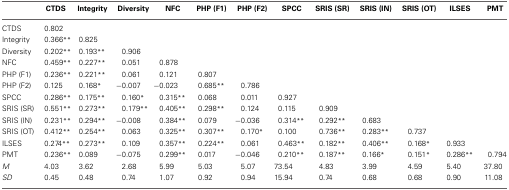
<table><thead><tr><td></td><td><b>CTDS</b></td><td><b>Integrity</b></td><td><b>Diversity</b></td><td><b>NFC</b></td><td><b>PHP (F1)</b></td><td><b>PHP (F2)</b></td><td><b>SPCC</b></td><td><b>SRIS (SR)</b></td><td><b>SRIS (IN)</b></td><td><b>SRIS (OT)</b></td><td><b>ILSES</b></td><td><b>PMT</b></td></tr></thead><tbody><tr><td>CTDS</td><td>0.802</td><td></td><td></td><td></td><td></td><td></td><td></td><td></td><td></td><td></td><td></td><td></td></tr><tr><td>Integrity</td><td>0.366<sup>**</sup></td><td>0.825</td><td></td><td></td><td></td><td></td><td></td><td></td><td></td><td></td><td></td><td></td></tr><tr><td>Diversity</td><td>0.202<sup>**</sup></td><td>0.193<sup>**</sup></td><td>0.906</td><td></td><td></td><td></td><td></td><td></td><td></td><td></td><td></td><td></td></tr><tr><td>NFC</td><td>0.459<sup>**</sup></td><td>0.227<sup>**</sup></td><td>0.051</td><td>0.878</td><td></td><td></td><td></td><td></td><td></td><td></td><td></td><td></td></tr><tr><td>PHP (F1)</td><td>0.236<sup>**</sup></td><td>0.221<sup>**</sup></td><td>0.061</td><td>0.121</td><td>0.807</td><td></td><td></td><td></td><td></td><td></td><td></td><td></td></tr><tr><td>PHP (F2)</td><td>0.125</td><td>0.168<sup>*</sup></td><td>−0.007</td><td>−0.023</td><td>0.685<sup>**</sup></td><td>0.786</td><td></td><td></td><td></td><td></td><td></td><td></td></tr><tr><td>SPCC</td><td>0.286<sup>**</sup></td><td>0.175<sup>**</sup></td><td>0.160<sup>*</sup></td><td>0.315<sup>**</sup></td><td>0.068</td><td>0.011</td><td>0.927</td><td></td><td></td><td></td><td></td><td></td></tr><tr><td>SRIS (SR)</td><td>0.551<sup>**</sup></td><td>0.273<sup>**</sup></td><td>0.179<sup>**</sup></td><td>0.405<sup>**</sup></td><td>0.298<sup>**</sup></td><td>0.124</td><td>0.115</td><td>0.909</td><td></td><td></td><td></td><td></td></tr><tr><td>SRIS (IN)</td><td>0.231<sup>**</sup></td><td>0.294<sup>**</sup></td><td>−0.008</td><td>0.384<sup>**</sup></td><td>0.079</td><td>−0.036</td><td>0.314<sup>**</sup></td><td>0.292<sup>**</sup></td><td>0.683</td><td></td><td></td><td></td></tr><tr><td>SRIS (OT)</td><td>0.412<sup>**</sup></td><td>0.254<sup>**</sup></td><td>0.063</td><td>0.325<sup>**</sup></td><td>0.307<sup>**</sup></td><td>0.170<sup>*</sup></td><td>0.100</td><td>0.736<sup>**</sup></td><td>0.283<sup>**</sup></td><td>0.737</td><td></td><td></td></tr><tr><td>ILSES</td><td>0.274<sup>**</sup></td><td>0.273<sup>**</sup></td><td>0.109</td><td>0.357<sup>**</sup></td><td>0.224<sup>**</sup></td><td>0.061</td><td>0.463<sup>**</sup></td><td>0.182<sup>**</sup></td><td>0.406<sup>**</sup></td><td>0.168<sup>*</sup></td><td>0.933</td><td></td></tr><tr><td>PMT</td><td>0.236<sup>**</sup></td><td>0.089</td><td>−0.075</td><td>0.299<sup>**</sup></td><td>0.017</td><td>−0.046</td><td>0.210<sup>**</sup></td><td>0.187<sup>**</sup></td><td>0.166<sup>*</sup></td><td>0.151<sup>*</sup></td><td>0.286<sup>**</sup></td><td>0.794</td></tr><tr><td><i>M</i></td><td>4.03</td><td>3.62</td><td>2.68</td><td>5.99</td><td>5.03</td><td>5.07</td><td>73.54</td><td>4.83</td><td>3.99</td><td>4.59</td><td>5.40</td><td>37.80</td></tr><tr><td><i>SD</i></td><td>0.45</td><td>0.48</td><td>0.74</td><td>1.07</td><td>0.92</td><td>0.94</td><td>15.94</td><td>0.74</td><td>0.68</td><td>0.68</td><td>0.90</td><td>11.08</td></tr></tbody></table>